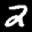
Label: 2